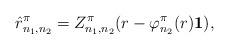
LaTeX: \begin{align*}\hat{r}_{n_1,n_2}^\pi=Z_{n_1,n_2}^\pi(r-\varphi_{n_2}^\pi(r)\mathbf{1}),\end{align*}